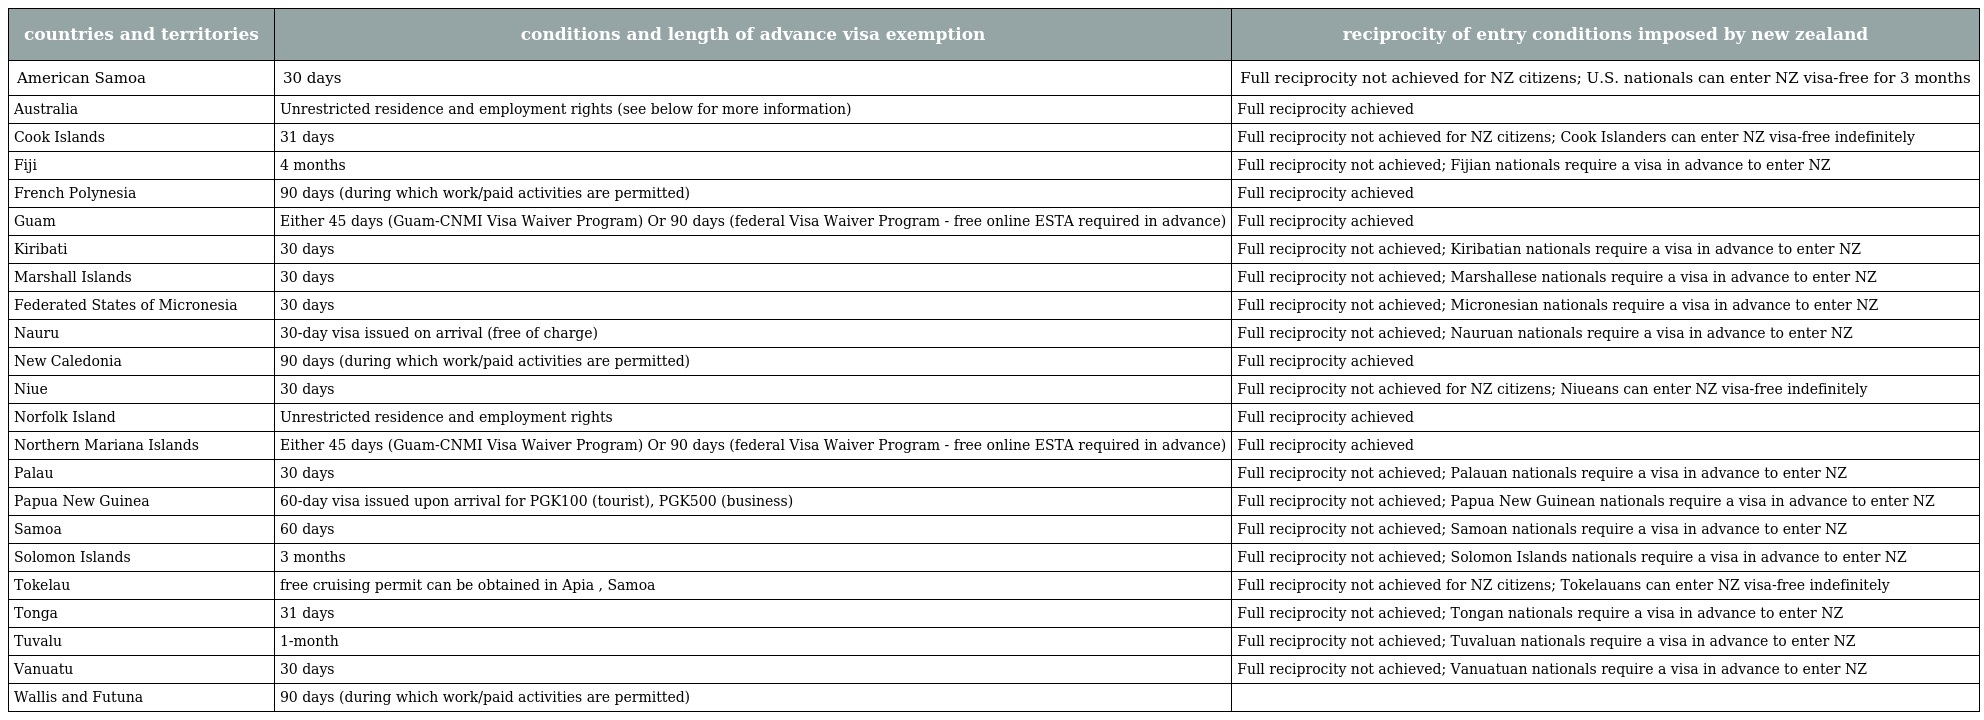
| countries and territories | conditions and length of advance visa exemption | reciprocity of entry conditions imposed by new zealand |
 | --- | --- | --- |
 | American Samoa | 30 days | Full reciprocity not achieved for NZ citizens; U.S. nationals can enter NZ visa-free for 3 months |
 | Australia | Unrestricted residence and employment rights (see below for more information) | Full reciprocity achieved |
 | Cook Islands | 31 days | Full reciprocity not achieved for NZ citizens; Cook Islanders can enter NZ visa-free indefinitely |
 | Fiji | 4 months | Full reciprocity not achieved; Fijian nationals require a visa in advance to enter NZ |
 | French Polynesia | 90 days (during which work/paid activities are permitted) | Full reciprocity achieved |
 | Guam | Either 45 days (Guam-CNMI Visa Waiver Program) Or 90 days (federal Visa Waiver Program - free online ESTA required in advance) | Full reciprocity achieved |
 | Kiribati | 30 days | Full reciprocity not achieved; Kiribatian nationals require a visa in advance to enter NZ |
 | Marshall Islands | 30 days | Full reciprocity not achieved; Marshallese nationals require a visa in advance to enter NZ |
 | Federated States of Micronesia | 30 days | Full reciprocity not achieved; Micronesian nationals require a visa in advance to enter NZ |
 | Nauru | 30-day visa issued on arrival (free of charge) | Full reciprocity not achieved; Nauruan nationals require a visa in advance to enter NZ |
 | New Caledonia | 90 days (during which work/paid activities are permitted) | Full reciprocity achieved |
 | Niue | 30 days | Full reciprocity not achieved for NZ citizens; Niueans can enter NZ visa-free indefinitely |
 | Norfolk Island | Unrestricted residence and employment rights | Full reciprocity achieved |
 | Northern Mariana Islands | Either 45 days (Guam-CNMI Visa Waiver Program) Or 90 days (federal Visa Waiver Program - free online ESTA required in advance) | Full reciprocity achieved |
 | Palau | 30 days | Full reciprocity not achieved; Palauan nationals require a visa in advance to enter NZ |
 | Papua New Guinea | 60-day visa issued upon arrival for PGK100 (tourist), PGK500 (business) | Full reciprocity not achieved; Papua New Guinean nationals require a visa in advance to enter NZ |
 | Samoa | 60 days | Full reciprocity not achieved; Samoan nationals require a visa in advance to enter NZ |
 | Solomon Islands | 3 months | Full reciprocity not achieved; Solomon Islands nationals require a visa in advance to enter NZ |
 | Tokelau | free cruising permit can be obtained in Apia , Samoa | Full reciprocity not achieved for NZ citizens; Tokelauans can enter NZ visa-free indefinitely |
 | Tonga | 31 days | Full reciprocity not achieved; Tongan nationals require a visa in advance to enter NZ |
 | Tuvalu | 1-month | Full reciprocity not achieved; Tuvaluan nationals require a visa in advance to enter NZ |
 | Vanuatu | 30 days | Full reciprocity not achieved; Vanuatuan nationals require a visa in advance to enter NZ |
 | Wallis and Futuna | 90 days (during which work/paid activities are permitted) |  |